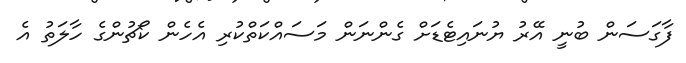
ފާގަސަން ބުނީ އޭރު ޔުނައިޓެޑަށް ގެންނަން މަސައްކަތްކުރި އެހެން ކޯޗުންގެ ހާލަތު އެ